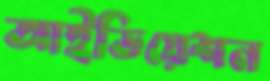
আইডিয়েশন